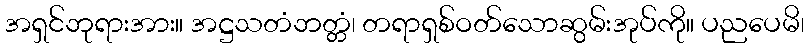
အရှင်ဘုရားအား။ အဋ္ဌသတံဘတ္တံ၊ တရာရှစ်ဝတ်သောဆွမ်းအုပ်ကို။ ပညပေမိ၊